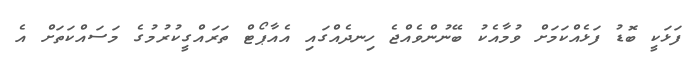
ފަޅަކީ ބޮޑު ފަޅެއްކަމަށް ވުމާއެކު ބޭނުންވެއްޖެ ހިނދެއްގައި އެއާޕޯޓް ތަރައްގީކުރުމުގެ މަސައްކަތަށް އެ